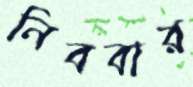
নিববার